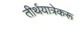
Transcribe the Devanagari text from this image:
तीर्थयात्रेकरू